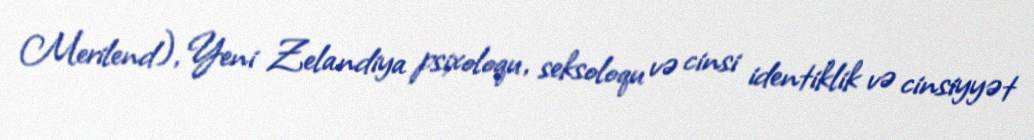
Merilend), Yeni Zelandiya psixoloqu, seksoloqu və cinsi identiklik və cinsiyyət